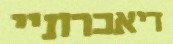
דיאכרוניי